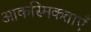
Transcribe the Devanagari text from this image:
आकस्मिकताएँ